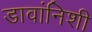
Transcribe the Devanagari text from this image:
डावांनिशी